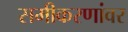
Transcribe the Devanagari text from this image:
समीकरणांवर